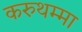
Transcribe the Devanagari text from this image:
करुथम्मा